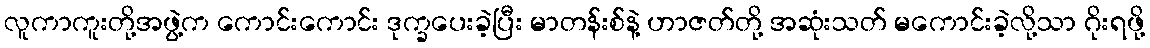
လူကာကူးတို့အဖွဲ့က ကောင်းကောင်း ဒုက္ခပေးခဲ့ပြီး မာတန်းစ်နဲ့ ဟာဇတ်တို့ အဆုံးသတ် မကောင်းခဲ့လို့သာ ဂိုးရဖို့